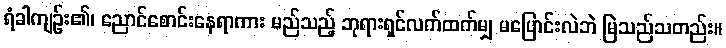
ရံခါကျဉ်း၏၊ ညောင်စောင်းနေရာကား မည်သည့် ဘုရားရှင်လက်ထက်မျှ မပြောင်းလဲဘဲ မြဲသည်သတည်း။